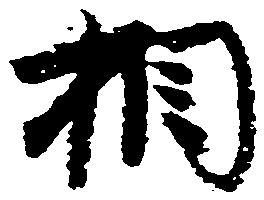
相